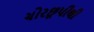
ચોરછૂપીથી